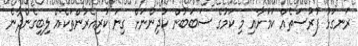
ރަނގަޅު ފުރުސަތެއް ކަމަށާއި މި ކަމުގެ ސަބަބުން ކުދިންނަށް ގިނަ ކުރިއެރުންތަކެއް ލިބިގެންދާނެ